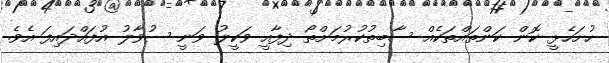
ހުށަހެޅީ ކޮން ކަންތައްތަކެއް ސާބިތުކުރުމަށްތޯ ދިފާއީ ވަކީލު ވަނީ ސުވާލު އުފައްދައިފަ އެވެ.